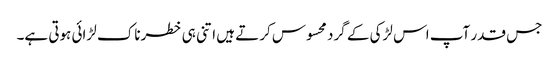
جس قدر آپ اس لڑکی کے گرد محسوس کرتے ہیں اتنی ہی خطرناک لڑائی ہوتی ہے۔